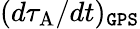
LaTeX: (d\tau_{\mathrm{A}}/dt)_{\tt GPS}